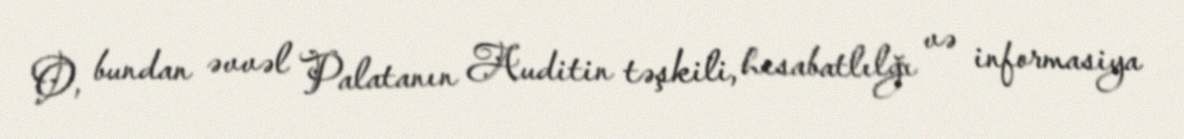
O, bundan əvvəl Palatanın Auditin təşkili, hesabatlılğı və informasiya